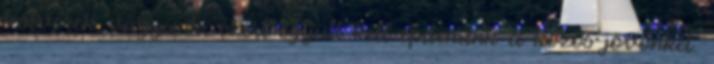
testvérek vagyunk, ezért együtt kell építenünk a közös jövőnket.